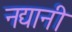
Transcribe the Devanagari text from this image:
नद्यानी